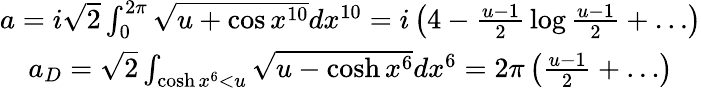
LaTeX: \begin{array}{c}{{a={i\sqrt{2}}\int_{0}^{2\pi}\sqrt{u+\cos x^{10}}dx^{10}=i\left(4-{\frac{u-1}{2}}\log{\frac{u-1}{2}}+\ldots\right)}}\\ {{a_{D}=\sqrt{2}\int_{\cosh x^{6}<u}\sqrt{u-\cosh x^{6}}dx^{6}=2\pi\left({\frac{u-1}{2}}+\ldots\right)}}\end{array}